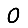
Digit: 0